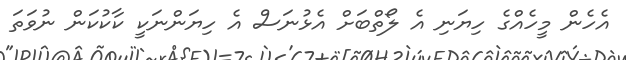
އެހެން މީހެއްގެ ހިޔަނި އެ ލޯތްބަށް އެޅުނަސް އެ ހިޔަންނަކީ ކާކުކަން ނުވަތަ